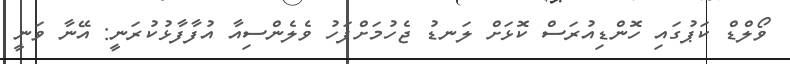
ވޯލްޑް ކަޕުގައި ހޮންޑިއުރަސް ކޮޅަށް ލަނޑު ޖެހުމަށްފަހު ވެލެންސިއާ އުފާފާޅުކުރަނީ: އޭނާ ވަނީ